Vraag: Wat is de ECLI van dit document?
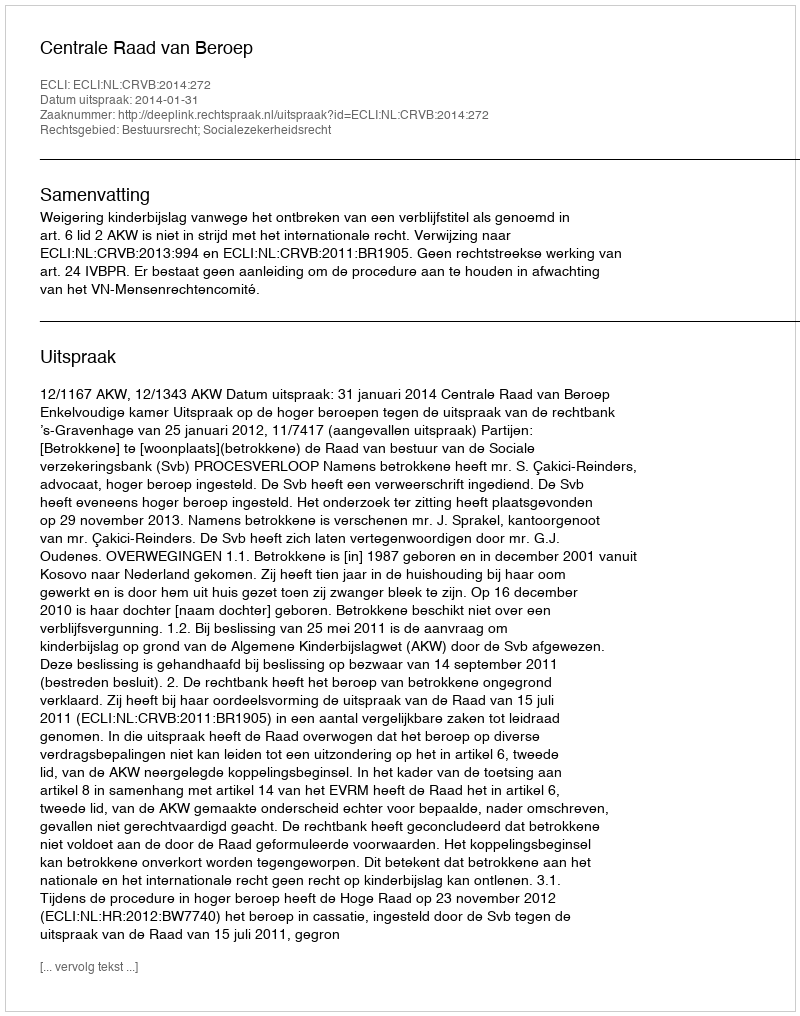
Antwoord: ECLI:NL:CRVB:2014:272